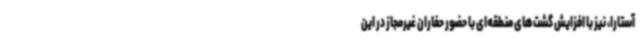
آستارا، نیز با افزایش گشت‌های منطقه‌ای با حضور حفاران غیرمجاز در این